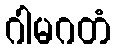
ဂါမဂတံ